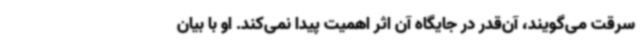
سرقت می‌گویند، آن‌قدر در جایگاه آن اثر اهمیت پیدا نمی‌کند. او با بیان